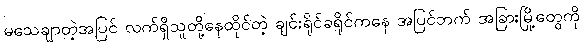
မသေချာတဲ့အပြင် လက်ရှိသူတို့နေထိုင်တဲ့ ချင်းရိုင်ခရိုင်ကနေ အပြင်ဘက် အခြားမြို့တွေကို